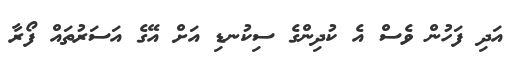
އަދި ފަހުން ވެސް އެ ކުދިންގެ ސިކުނޑި އަށް އޭގެ އަސަރުތައް ފޯރާ